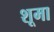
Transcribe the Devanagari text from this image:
शूमा